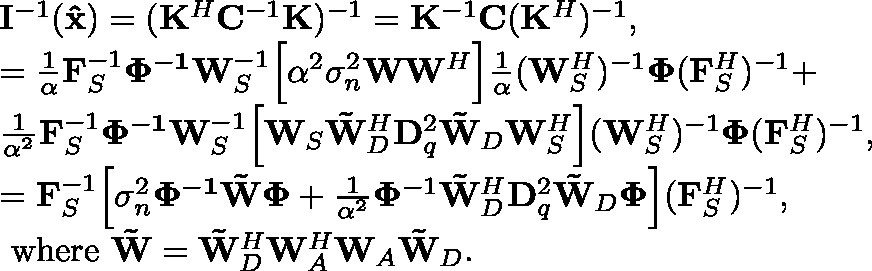
\begin{array} { r l } & { { \mathbf { I } ^ { - 1 } ( { \mathbf { \hat { x } } } ) } = ( { \mathbf { K } ^ { H } } { \mathbf { C } ^ { - 1 } } { \mathbf { K } } ) ^ { - 1 } = \mathbf { K } ^ { - 1 } \mathbf { C } ( \mathbf { K } ^ { H } ) ^ { - 1 } , } \\ & { = \frac { 1 } { \alpha } \mathbf { F } _ { S } ^ { - 1 } \mathbf { \mathbf { \Phi } ^ { - 1 } } \mathbf { W } _ { S } ^ { - 1 } \Big [ \alpha ^ { 2 } \sigma _ { n } ^ { 2 } \mathbf { W } \mathbf { W } ^ { H } \Big ] \frac { 1 } { \alpha } ( \mathbf { W } _ { S } ^ { H } ) ^ { - 1 } \mathbf { \Phi } ( \mathbf { F } _ { S } ^ { H } ) ^ { - 1 } + } \\ & { \frac { 1 } { \alpha ^ { 2 } } \mathbf { F } _ { S } ^ { - 1 } \mathbf { \mathbf { \Phi } ^ { - 1 } } \mathbf { W } _ { S } ^ { - 1 } \Big [ \mathbf { W } _ { S } \mathbf { \tilde { W } } _ { D } ^ { H } \mathbf { D } _ { q } ^ { 2 } \mathbf { \tilde { W } } _ { D } \mathbf { W } _ { S } ^ { H } \Big ] ( \mathbf { W } _ { S } ^ { H } ) ^ { - 1 } \mathbf { \Phi } ( \mathbf { F } _ { S } ^ { H } ) ^ { - 1 } , } \\ & { = \mathbf { F } _ { S } ^ { - 1 } \Big [ \sigma _ { n } ^ { 2 } \mathbf { \mathbf { \Phi } ^ { - 1 } } \mathbf { \tilde { W } } \mathbf { \Phi } + \frac { 1 } { \alpha ^ { 2 } } \mathbf { \Phi } ^ { - 1 } \mathbf { \tilde { W } } _ { D } ^ { H } \mathbf { D } _ { q } ^ { 2 } \mathbf { \tilde { W } } _ { D } \mathbf { \Phi } \Big ] ( \mathbf { F } _ { S } ^ { H } ) ^ { - 1 } , } \\ & { \mathrm { ~ w h e r e ~ } \mathbf { \tilde { W } } = \mathbf { \tilde { W } } _ { D } ^ { H } \mathbf { W } _ { A } ^ { H } \mathbf { W } _ { A } \mathbf { \tilde { W } } _ { D } . } \end{array}